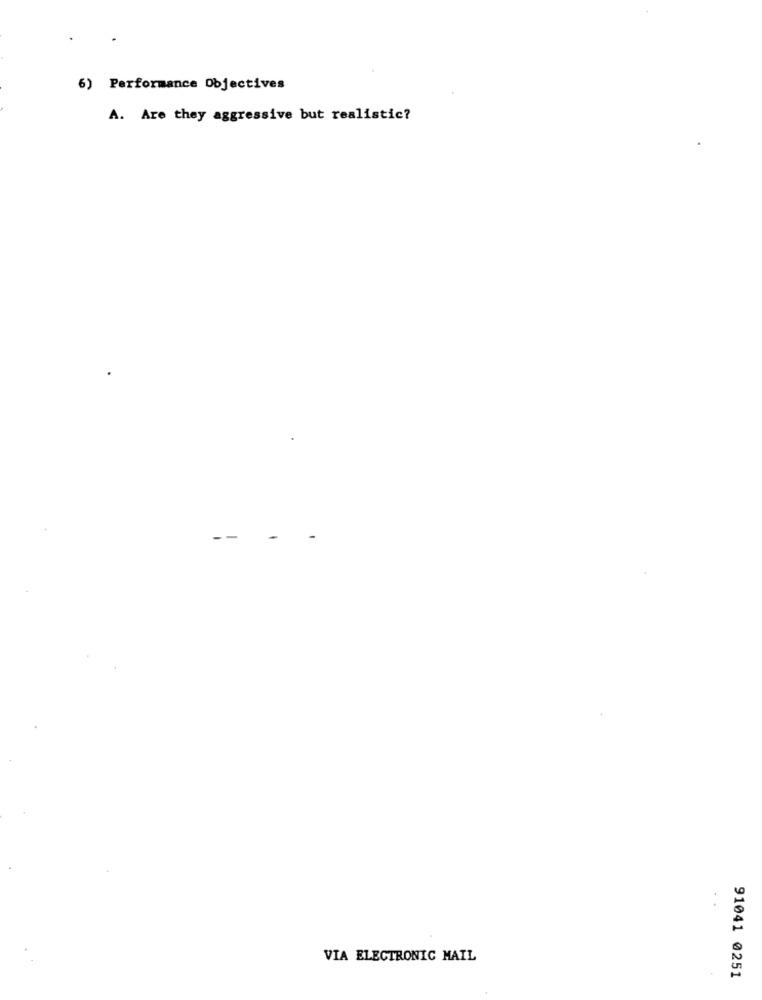
6) Performance Objectives
A. Are they aggressive but realistic?
VIA ELECTRONIC MAIL
91041 @251